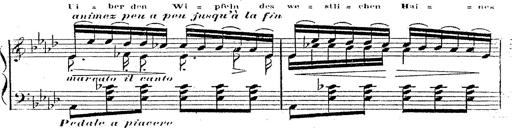
Title: 12 Lieder von Franz Schubert
Composer: Franz Liszt